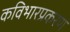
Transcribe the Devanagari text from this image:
कविभारप्रकरण